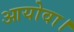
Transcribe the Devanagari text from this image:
आयोवा।